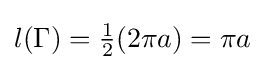
l(\Gamma )={\tfrac {1}{2}}(2\pi a)=\pi a